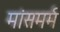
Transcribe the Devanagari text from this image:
मांसमर्म